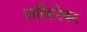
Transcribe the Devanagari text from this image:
आर्किटैक्ट